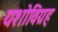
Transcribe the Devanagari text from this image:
यशोविग्रह